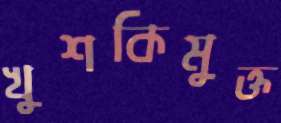
খুশকিমুক্ত